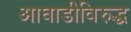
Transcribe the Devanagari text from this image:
आघाडीविरुद्ध